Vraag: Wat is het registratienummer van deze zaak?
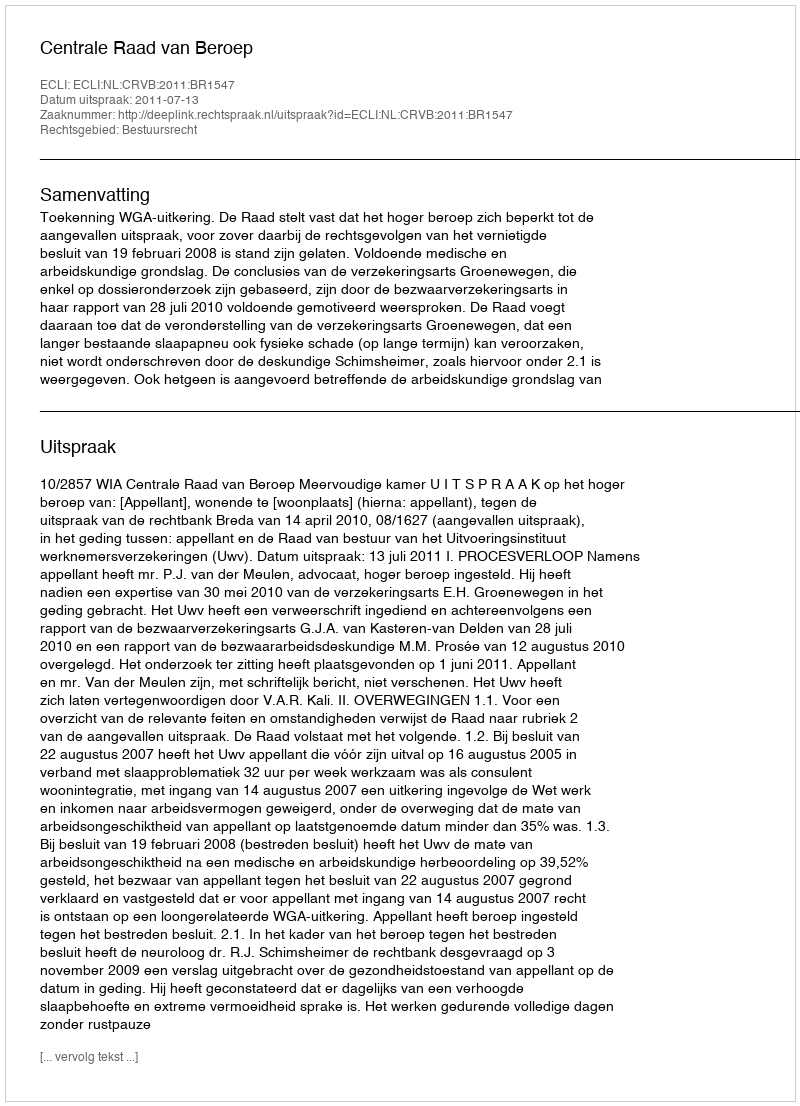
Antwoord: http://deeplink.rechtspraak.nl/uitspraak?id=ECLI:NL:CRVB:2011:BR1547